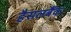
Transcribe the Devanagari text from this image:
हैसलबैंक